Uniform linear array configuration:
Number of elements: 8
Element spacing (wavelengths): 0.5
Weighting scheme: uniform
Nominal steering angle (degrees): -30
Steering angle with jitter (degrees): -28.044
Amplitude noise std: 0.05
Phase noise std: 0.05

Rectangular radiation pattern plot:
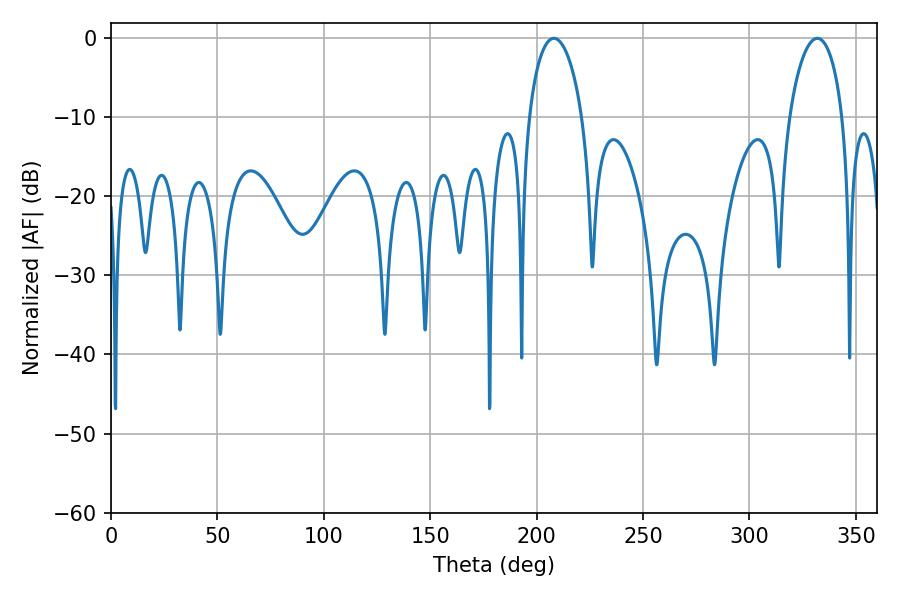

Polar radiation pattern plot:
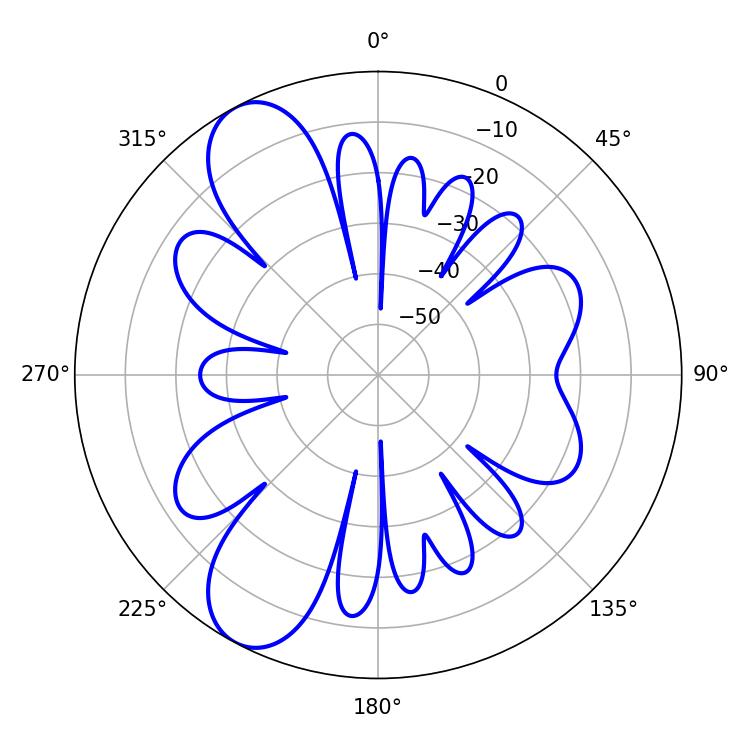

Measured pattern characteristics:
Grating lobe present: FALSE
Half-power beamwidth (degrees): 14.22
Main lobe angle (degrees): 208.08